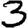
Digit: 3